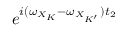
e ^ { i ( \omega _ { X _ { K } } - \omega _ { X _ { K ^ { \prime } } } ) t _ { 2 } }